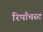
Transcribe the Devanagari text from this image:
रिपाँचस्ट